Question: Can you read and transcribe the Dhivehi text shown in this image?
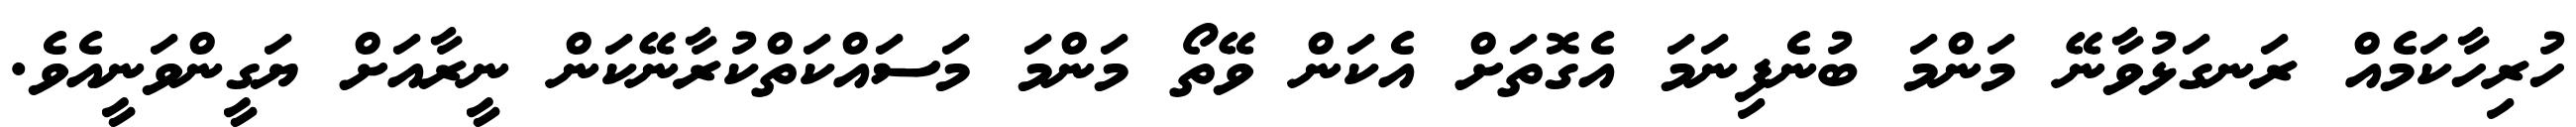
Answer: ހުރިހާކަމެއް ރަނގަޅުވާނޭ މަންމަ ބުނެފިނަމަ އެގޮތަށް އެކަން ވޭތޯ މަންމަ މަސައްކަތްކުރާނޭކަން ނީރާއަށް ޔަގީންވަނީއެވެ.